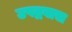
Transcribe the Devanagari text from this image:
उपद्रवास